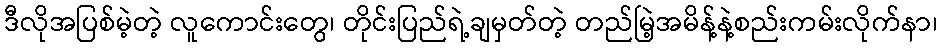
ဒီလိုအပြစ်မဲ့တဲ့ လူကောင်းတွေ၊ တိုင်းပြည်ရဲ့ချမှတ်တဲ့ တည်မြဲ့အမိန့်နဲ့စည်းကမ်းလိုက်နာ၊